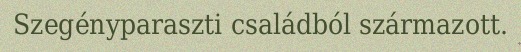
Szegényparaszti családból származott.